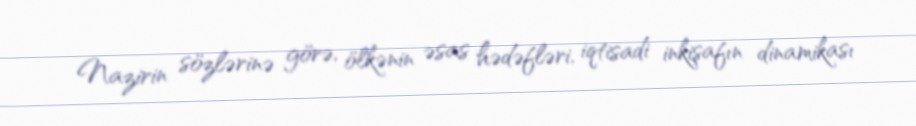
Nazirin sözlərinə görə, ölkənin əsas hədəfləri, iqtisadi inkişafın dinamikası